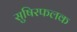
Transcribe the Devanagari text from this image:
सुषिरफलक